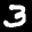
Label: 3